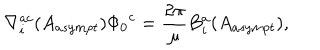
\nabla _ { i } ^ { a c } ( A _ { a s y m p t } ) { \Phi _ { 0 } } ^ { c } = \frac { 2 \pi } { \mu } B _ { i } ^ { a } ( A _ { a s y m p t } ) ,